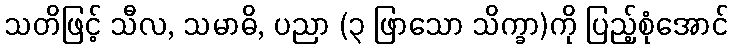
သတိဖြင့် သီလ, သမာဓိ, ပညာ (၃ ဖြာသော သိက္ခာ)ကို ပြည့်စုံအောင်